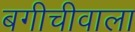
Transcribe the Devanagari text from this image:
बगीचीवाला